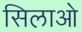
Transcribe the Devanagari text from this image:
सिलाओ